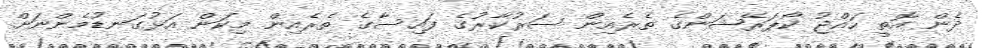
ދެން އޮތީ ހައްޖު ކޯޕަރޭޝަންގެ ތެރެއިން ސަރުކާރުގެ ފައިސާގެ ތެރެއިން މިކަން އަޅުގަނޑުމެންނަށް